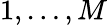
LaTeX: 1,\ldots,M